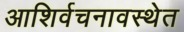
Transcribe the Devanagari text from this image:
आशिर्वचनावस्थेत